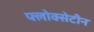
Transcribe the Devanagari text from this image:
फ्लोक्सेटीन